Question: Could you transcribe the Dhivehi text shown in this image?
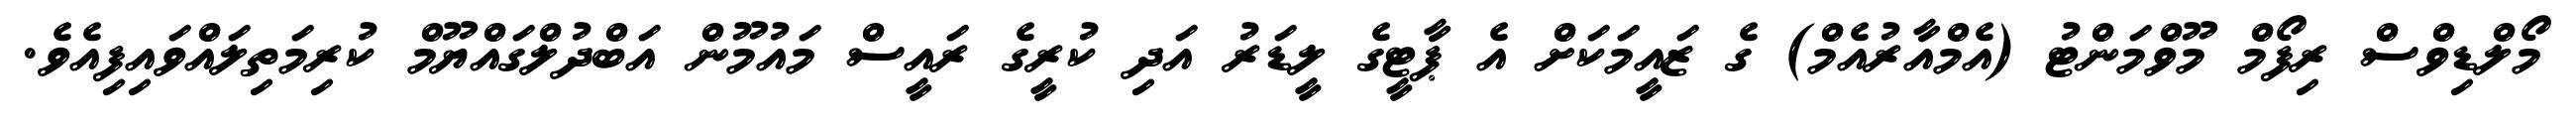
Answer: މޯލްޑިވްސް ރިފޯމް މޫވްމަންޓު (އެމްއާރުއެމް) ގެ ޒައީމަކަށް އެ ޕާޓީގެ ލީޑަރު އަދި ކުރީގެ ރައީސް މައުމޫން އަބްދުލްގައްޔޫމް ކުރިމަތިލައްވައިފިއެވެ.